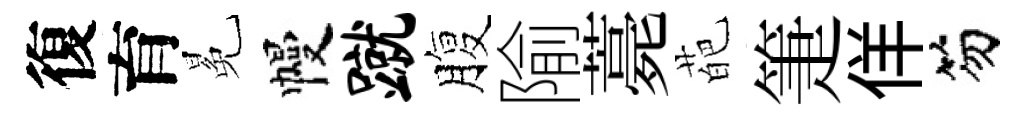
復育冕幔蹴腹隃薧葩箑佯笏